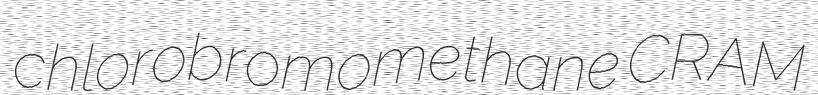
chlorobromomethane CRAM